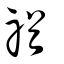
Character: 禉